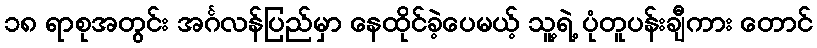
၁၈ ရာစုအတွင်း အင်္ဂလန်ပြည်မှာ နေထိုင်ခဲ့ပေမယ့် သူ့ရဲ့ ပုံတူပန်းချီကား တောင်